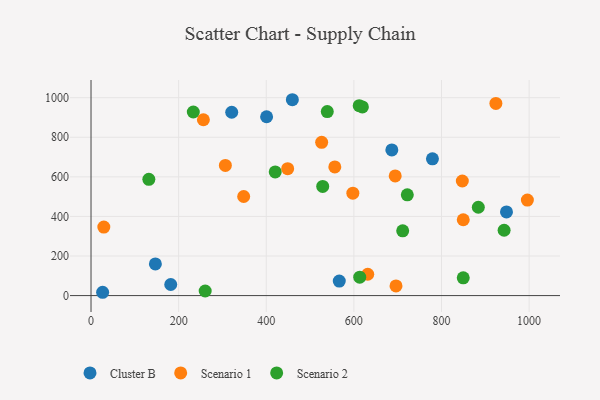
{"axis": {"x": "Distance", "y": "Demand"}, "legend": ["Cluster B", "Scenario 1", "Scenario 2"], "data": [{"x": "779.4", "y": 691.0, "type": "Cluster B"}, {"x": "26.5", "y": 16.7, "type": "Cluster B"}, {"x": "948.4", "y": 422.6, "type": "Cluster B"}, {"x": "182.0", "y": 56.0, "type": "Cluster B"}, {"x": "400.8", "y": 903.7, "type": "Cluster B"}, {"x": "146.9", "y": 160.0, "type": "Cluster B"}, {"x": "566.7", "y": 73.4, "type": "Cluster B"}, {"x": "686.7", "y": 736.2, "type": "Cluster B"}, {"x": "321.2", "y": 926.3, "type": "Cluster B"}, {"x": "459.6", "y": 989.6, "type": "Cluster B"}, {"x": "256.5", "y": 888.5, "type": "Scenario 1"}, {"x": "348.5", "y": 500.6, "type": "Scenario 1"}, {"x": "696.2", "y": 48.8, "type": "Scenario 1"}, {"x": "996.1", "y": 482.4, "type": "Scenario 1"}, {"x": "556.5", "y": 650.3, "type": "Scenario 1"}, {"x": "694.4", "y": 604.4, "type": "Scenario 1"}, {"x": "29.2", "y": 346.1, "type": "Scenario 1"}, {"x": "631.7", "y": 107.9, "type": "Scenario 1"}, {"x": "924.2", "y": 970.8, "type": "Scenario 1"}, {"x": "847.6", "y": 579.0, "type": "Scenario 1"}, {"x": "849.7", "y": 383.2, "type": "Scenario 1"}, {"x": "526.5", "y": 774.3, "type": "Scenario 1"}, {"x": "448.9", "y": 641.3, "type": "Scenario 1"}, {"x": "597.7", "y": 517.4, "type": "Scenario 1"}, {"x": "306.7", "y": 657.7, "type": "Scenario 1"}, {"x": "613.4", "y": 93.0, "type": "Scenario 2"}, {"x": "260.6", "y": 23.1, "type": "Scenario 2"}, {"x": "849.7", "y": 89.9, "type": "Scenario 2"}, {"x": "619.5", "y": 953.4, "type": "Scenario 2"}, {"x": "539.3", "y": 929.6, "type": "Scenario 2"}, {"x": "233.5", "y": 927.7, "type": "Scenario 2"}, {"x": "722.0", "y": 509.2, "type": "Scenario 2"}, {"x": "711.5", "y": 327.3, "type": "Scenario 2"}, {"x": "612.2", "y": 959.3, "type": "Scenario 2"}, {"x": "528.9", "y": 551.5, "type": "Scenario 2"}, {"x": "132.0", "y": 587.6, "type": "Scenario 2"}, {"x": "943.0", "y": 330.1, "type": "Scenario 2"}, {"x": "884.1", "y": 446.2, "type": "Scenario 2"}, {"x": "420.5", "y": 625.0, "type": "Scenario 2"}]}